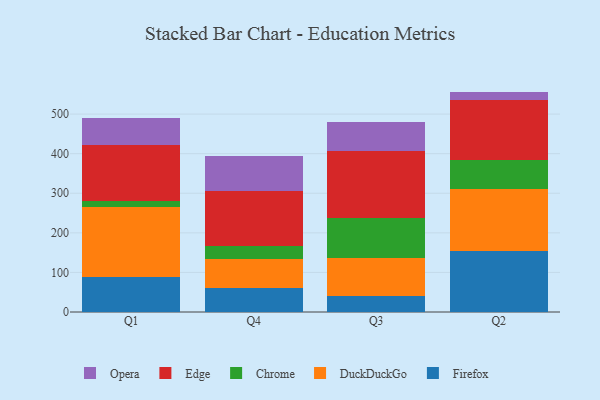
{"axis": {"x": "Quarter", "y": "Backlog"}, "legend": ["Chrome", "DuckDuckGo", "Edge", "Firefox", "Opera"], "data": [{"x": "Q1", "y": 88.7, "type": "Firefox"}, {"x": "Q1", "y": 177.2, "type": "DuckDuckGo"}, {"x": "Q1", "y": 14.2, "type": "Chrome"}, {"x": "Q1", "y": 142.9, "type": "Edge"}, {"x": "Q1", "y": 67.8, "type": "Opera"}, {"x": "Q4", "y": 59.4, "type": "Firefox"}, {"x": "Q4", "y": 74.3, "type": "DuckDuckGo"}, {"x": "Q4", "y": 33.3, "type": "Chrome"}, {"x": "Q4", "y": 139.9, "type": "Edge"}, {"x": "Q4", "y": 86.6, "type": "Opera"}, {"x": "Q3", "y": 40.2, "type": "Firefox"}, {"x": "Q3", "y": 96.0, "type": "DuckDuckGo"}, {"x": "Q3", "y": 101.7, "type": "Chrome"}, {"x": "Q3", "y": 169.1, "type": "Edge"}, {"x": "Q3", "y": 72.5, "type": "Opera"}, {"x": "Q2", "y": 154.8, "type": "Firefox"}, {"x": "Q2", "y": 155.0, "type": "DuckDuckGo"}, {"x": "Q2", "y": 74.1, "type": "Chrome"}, {"x": "Q2", "y": 150.7, "type": "Edge"}, {"x": "Q2", "y": 22.2, "type": "Opera"}]}